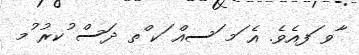
ާވ ަފއެވެ. އެ ަމ ަސއް ަކ ްތ ދަސް ުކރު ުމ